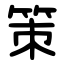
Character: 策